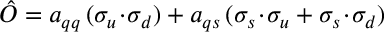
\hat { \cal O } = a _ { q q } \, ( \sigma _ { u } \! \cdot \! \sigma _ { d } ) + a _ { q s } \, ( \sigma _ { s } \! \cdot \! \sigma _ { u } + \sigma _ { s } \! \cdot \! \sigma _ { d } )